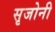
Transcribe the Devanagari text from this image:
सृजोनी